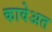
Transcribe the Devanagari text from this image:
कावेअत